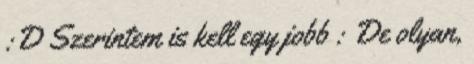
:D Szerintem is kell egy jobb : De olyan,